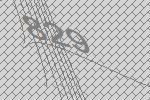
829